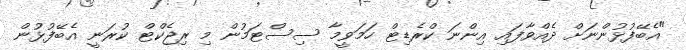
"އެބޭފުޅުންނަށް ދެއްވާފައި އިންނަ ކްރެޑިޓް ހަމަވީމާ ސިސްޓަމުން މި ރިޖެކްޓް ކުރަނީ އެބޭފުޅުން